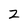
Character: 2